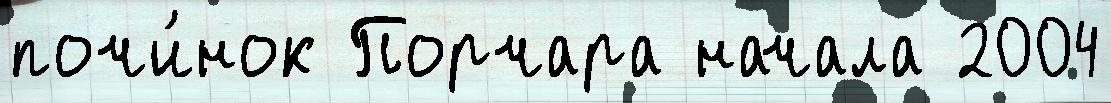
почи́нок Порчара начала 2004